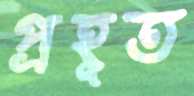
প্রহূত